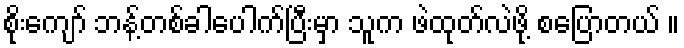
စိုးကျော် ဘန့်တစ်ခါပေါက်ပြီးမှာ သူက ဖဲထုတ်လဲဖို့ စပြောတယ် ။